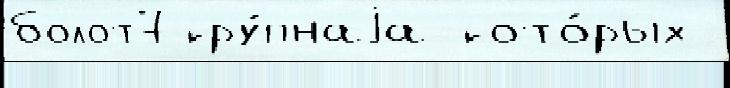
болот7 кру́пнаjа кото́рых